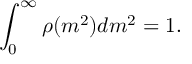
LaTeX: \int _ { 0 } ^ { \infty } \rho ( m ^ { 2 } ) d m ^ { 2 } = 1 .